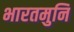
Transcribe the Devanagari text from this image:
भारतमुनि